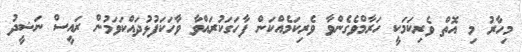
މިހާރު މި އޮތް ވެރިކަމަކީ ހަރާމްވެގެންވާ ވެރިކަމެއްކަން ފާހަގަކުރައްވާ ވާހަކަފުޅުދައްކަވަމުން ރައީސް ނަޝީދު